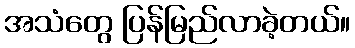
အသံတွေ ပြန်မြည်လာခဲ့တယ်။